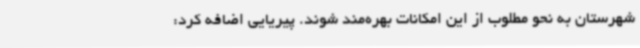
شهرستان به نحو مطلوب از این امکانات بهره‌مند شوند. پیریایی اضافه کرد: